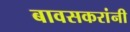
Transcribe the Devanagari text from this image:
बावसकरांनी